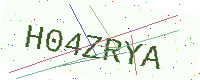
Text: H04ZRYA